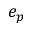
e _ { p }